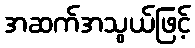
အဆက်အသွယ်ဖြင့်